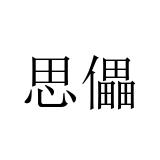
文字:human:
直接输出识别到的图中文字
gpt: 思儡